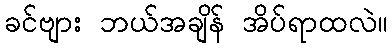
ခင်ဗျား ဘယ်အချိန် အိပ်ရာထလဲ။